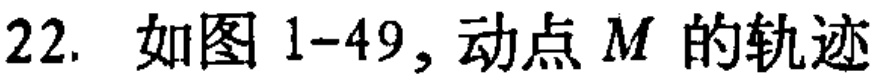
22. 如图 1-49, 动点 \(M\) 的轨迹